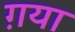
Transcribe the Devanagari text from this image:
ग़या